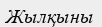
Жылқыны